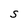
Character: S